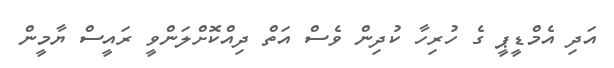
އަދި އެމްޑީޕީ ގެ ހުރިހާ ކުދިން ވެސް އަތް ދިއްކޮށްލަންވީ ރައީސް ޔާމީން